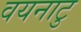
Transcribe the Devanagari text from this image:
वयनाटु